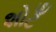
શોટઁ